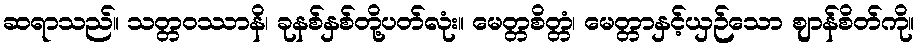
ဆရာသည်။ သတ္တဝဿာနိ၊ ခုနစ်နှစ်တို့ပတ်လုံး။ မေတ္တစိတ္တံ၊ မေတ္တာနှင့်ယှဉ်သော ဈာန်စိတ်ကို။